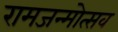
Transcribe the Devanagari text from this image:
रामजन्मोत्सव